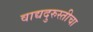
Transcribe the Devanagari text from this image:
वाद्यदुरुस्तीचा